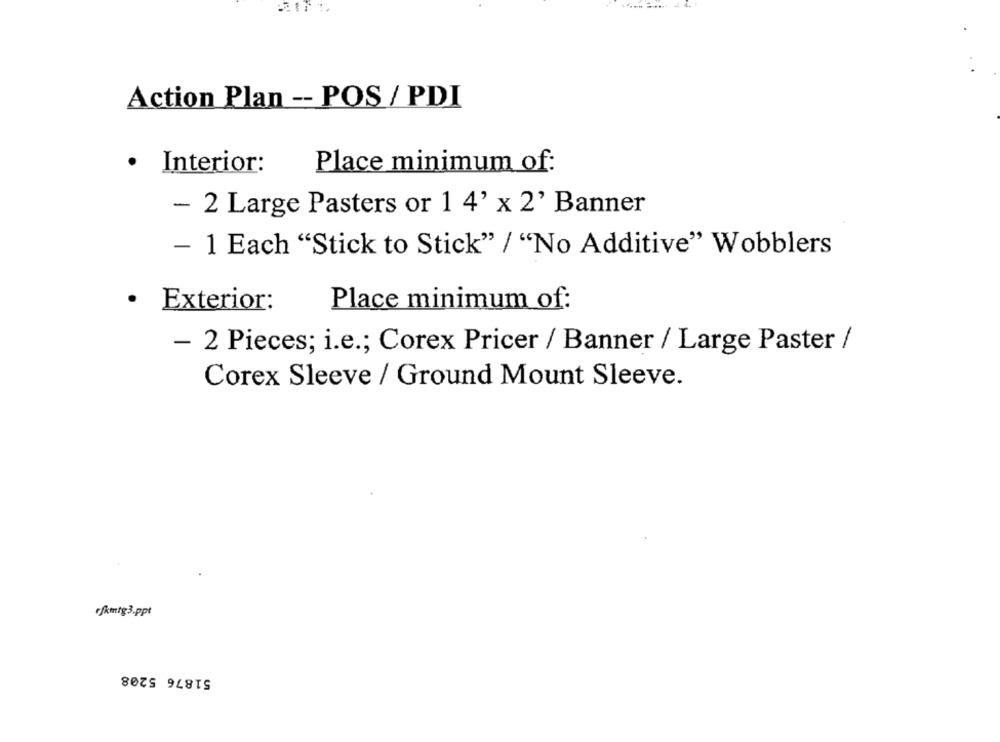
-
Action Plan -- POS / PDI
Place minimum of:
· Interior:
- 2 Large Pasters or 1 4' x 2' Banner
- 1 Each "Stick to Stick" / "No Additive" Wobblers
· Exterior:
Place minimum of:
- 2 Pieces; i.e .; Corex Pricer / Banner / Large Paster /
Corex Sleeve / Ground Mount Sleeve.
rfkmtg3.ppt
51876 5208